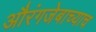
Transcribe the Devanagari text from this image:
औरंगजेबाच्याच